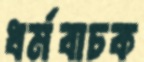
ধর্মবাচক